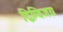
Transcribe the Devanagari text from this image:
द्विग्विजय